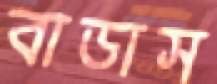
বাডাস